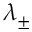
\lambda _ { \pm }